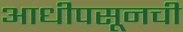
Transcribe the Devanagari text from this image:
आधीपसूनची